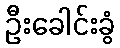
ဦးခေါင်းခွံ